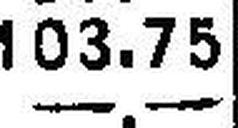
—.—